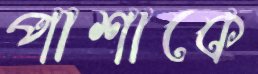
পাশাকে